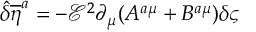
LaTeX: { \hat { \delta } } { { \overline { { { \eta } } } } ^ { a } } = - { \mathcal { E } } ^ { 2 } \partial _ { \mu } ( A ^ { a \mu } + B ^ { a \mu } ) \delta \varsigma